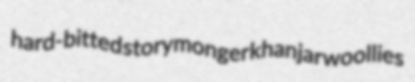
hard-bitted storymonger khanjar woollies